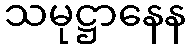
သမုဋ္ဌာနေန